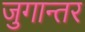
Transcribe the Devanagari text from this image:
जुगान्तर